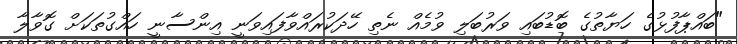
"ބައްޕާފުޅުގެ ހަޔާތުގެ ބޮޑުބައި ވަރުބަލި ވުމެއް ނެތި ހޭދަކުރައްވާފައިވަނީ އިންސާނީ ހައްގުތަކަށް ގޮވާލާ